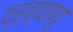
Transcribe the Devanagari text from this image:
द्रव्याणु